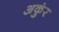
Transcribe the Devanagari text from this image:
अकुंर